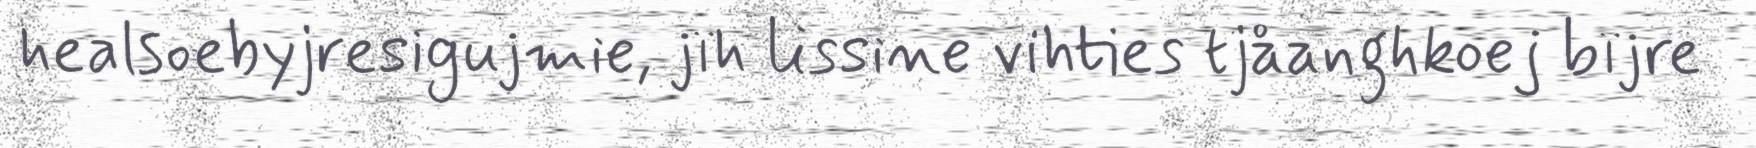
healsoebyjresigujmie, jïh lissine vihties tjåanghkoej bïjre